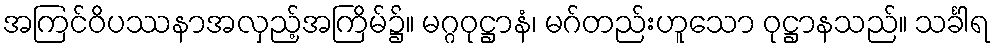
အကြင်ဝိပဿနာအလှည့်အကြိမ်၌။ မဂ္ဂဝုဋ္ဌာနံ၊ မဂ်တည်းဟူသော ဝုဋ္ဌာနသည်။ သင်္ခါရ